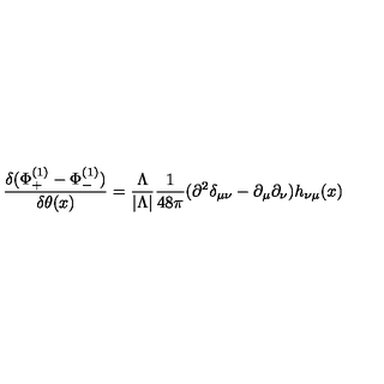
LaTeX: { \frac { \delta ( \Phi _ { + } ^ { ( 1 ) } - \Phi _ { - } ^ { ( 1 ) } ) } { \delta \theta ( x ) } } = { \frac { \Lambda } { | \Lambda | } } { \frac { 1 } { 4 8 \pi } } ( \partial ^ { 2 } \delta _ { \mu \nu } - \partial _ { \mu } \partial _ { \nu } ) h _ { \nu \mu } ( x )